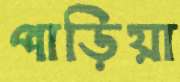
পাড়িয়া